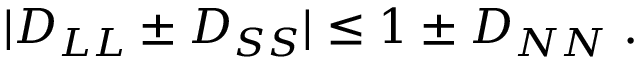
| D _ { L L } \pm D _ { S S } | \leq 1 \pm D _ { N N } \; .